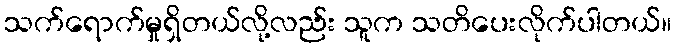
သက်ရောက်မှုရှိတယ်လို့လည်း သူက သတိပေးလိုက်ပါတယ်။